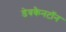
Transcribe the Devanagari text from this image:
डेवकैनटॉन